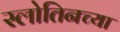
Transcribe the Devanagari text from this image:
स्लोतिनच्या